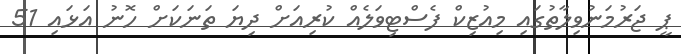
ޕީ ޖަރުމަނުވިލާތުގައި މިއުޒިކް ފެސްޓިވަލެއް ކުރިއަށް ދިޔަ ތަނަކަށް ހޮނު އަޅައި 51